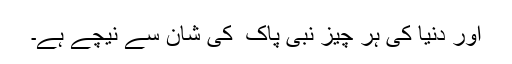
اور دنیا کی ہر چیز نبی پاک ۖ کی شان سے نیچے ہے۔